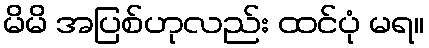
မိမိ အပြစ်ဟုလည်း ထင်ပုံ မရ။